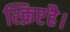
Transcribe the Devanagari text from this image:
स्क्रिप्टहै।